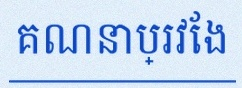
គណនាប្រវែង